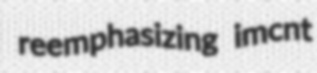
reemphasizing imcnt